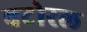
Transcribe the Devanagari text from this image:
बटोरल